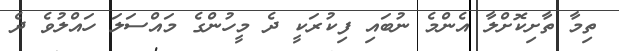
ތިމާ ތާށިކޮށްލާ އެންމެ ނުބައި ފިކުރަކީ ދެ މީހުންގެ މައްސަލަ ހައްލުވެ ދެ